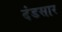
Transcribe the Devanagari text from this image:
दंडसार